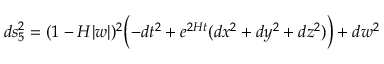
d s _ { 5 } ^ { 2 } = ( 1 - H | w | ) ^ { 2 } \Bigl ( - d t ^ { 2 } + e ^ { 2 H t } ( d x ^ { 2 } + d y ^ { 2 } + d z ^ { 2 } ) \Bigr ) + d w ^ { 2 }